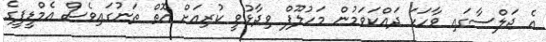
އެ ޖަލްސާގައި ވާހަކަ ދައްކަވަމުން މަހުލޫފް ވިދާޅުވީ ކުރިއަށް އޮތް ތަނުގައިވެސް އެމްޑީޕީގެ